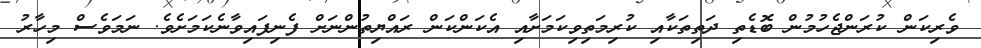
ވެރިކަން ކުރަންޖެހުމުން ބޮޑެތި ދަތިތަކާއި ކުރިމަތިވިކަމަށާއި އެކަންކަން ރައްޔިތުންނަށް ފެނިފައިވާނެކަމަށެވެ. ނަމަވެސް މިހާރު